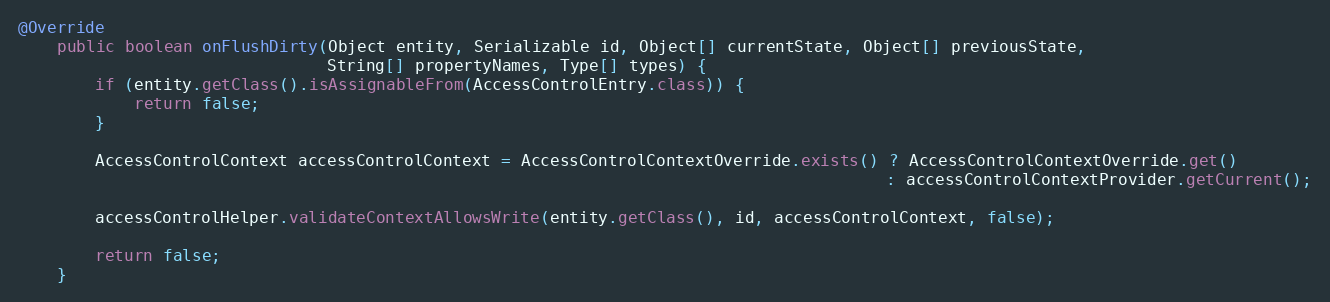
Language: Java
@Override
    public boolean onFlushDirty(Object entity, Serializable id, Object[] currentState, Object[] previousState,
                                String[] propertyNames, Type[] types) {
        if (entity.getClass().isAssignableFrom(AccessControlEntry.class)) {
            return false;
        }

        AccessControlContext accessControlContext = AccessControlContextOverride.exists() ? AccessControlContextOverride.get()
                                                                                          : accessControlContextProvider.getCurrent();

        accessControlHelper.validateContextAllowsWrite(entity.getClass(), id, accessControlContext, false);

        return false;
    }